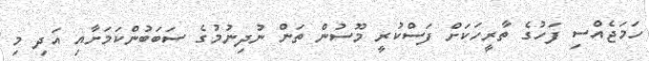
ހަމަޖެއްސި ފަހުގެ ތާރީހަކަށް ފަސްކުރީ މޫސުން ތަން ނުދިނުމުގެ ސަބަބުންކަމަށާއި އަދި މި